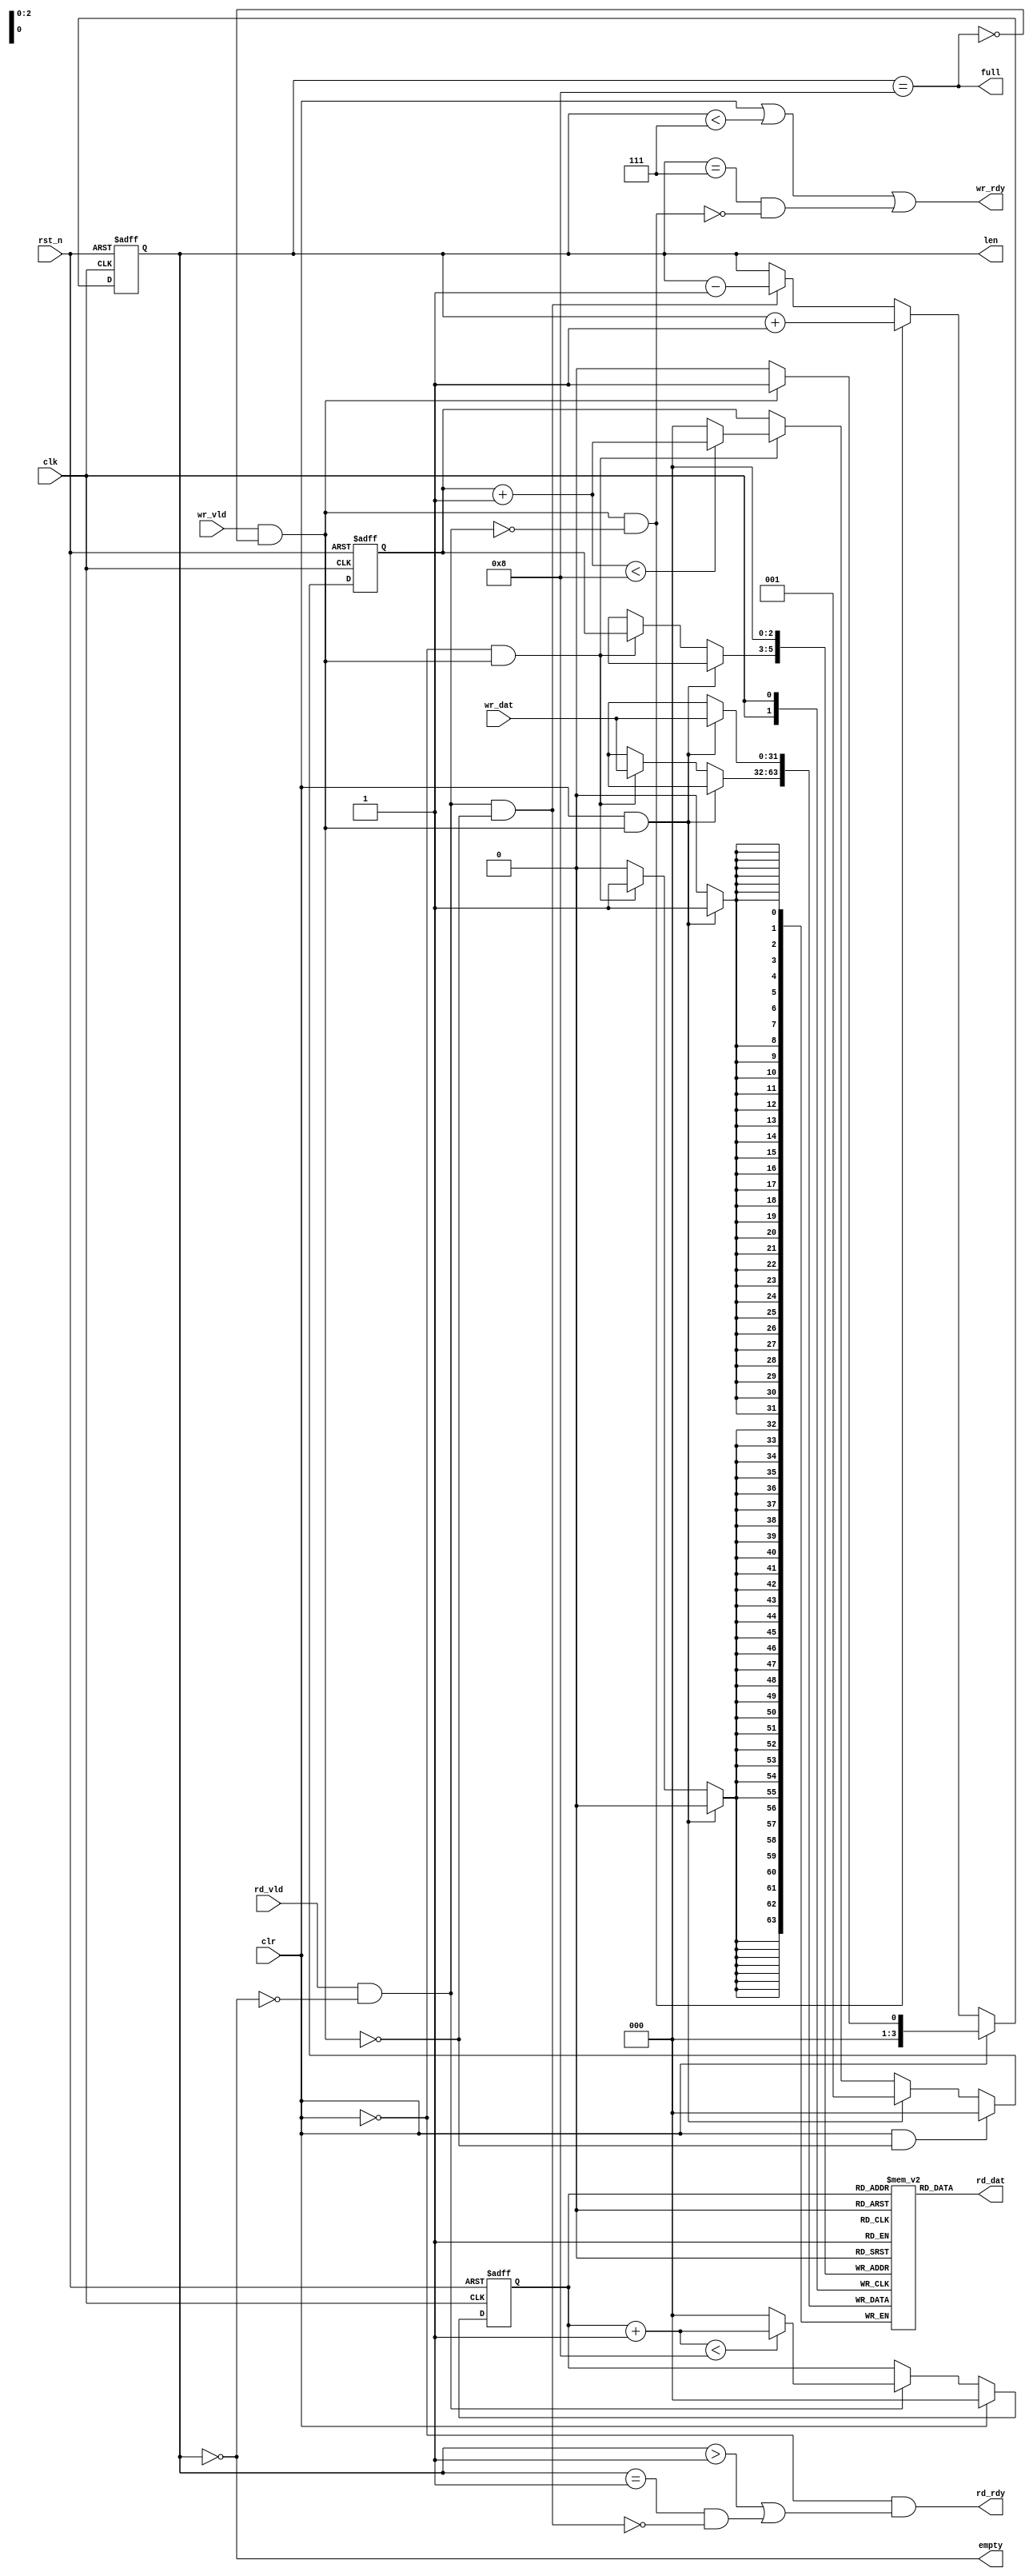
module uv_queue
#(
    parameter DAT_WIDTH         = 32,
    parameter PTR_WIDTH         = 3,
    parameter QUE_DEPTH         = 2**PTR_WIDTH,
    parameter ZERO_RDLY         = 1'b1  // 1'b0: delay 1 cycle after read fire; 1'b1: no delay.
)
(
    input                       clk,
    input                       rst_n,

    // Write channel.
    output                      wr_rdy,
    input                       wr_vld,
    input  [DAT_WIDTH-1:0]      wr_dat,

    // Read channel.
    output                      rd_rdy,
    input                       rd_vld,
    output [DAT_WIDTH-1:0]      rd_dat,

    // Control & status.
    input                       clr,
    output [PTR_WIDTH:0]        len,
    output                      full,
    output                      empty
);

    localparam UDLY             = 1;
    localparam LEN_WIDTH        = PTR_WIDTH + 1;
    localparam SUB_DEPTH        = QUE_DEPTH - 1;
    genvar i;

    reg  [DAT_WIDTH-1:0]        que [0:QUE_DEPTH-1];
    reg  [DAT_WIDTH-1:0]        rd_dat_r;

    reg                         wr_rdy_r;
    reg                         rd_rdy_r;

    reg  [PTR_WIDTH-1:0]        wr_ptr_r;
    reg  [PTR_WIDTH-1:0]        rd_ptr_r;
    reg  [LEN_WIDTH-1:0]        len_r;

    wire                        wr_fire;
    wire                        rd_fire;
    wire                        wr_only;
    wire                        rd_only;

    wire [PTR_WIDTH-1:0]        wr_ptr_add;
    wire [PTR_WIDTH-1:0]        rd_ptr_add;
    wire [PTR_WIDTH-1:0]        wr_ptr_nxt;
    wire [PTR_WIDTH-1:0]        rd_ptr_nxt;

    wire [LEN_WIDTH-1:0]        len_add;
    wire [LEN_WIDTH-1:0]        len_sub;

    wire                        will_be_full;
    wire                        will_be_empty;
    wire                        must_not_be_full;
    wire                        must_not_be_empty;

    // Response read data.
    assign rd_dat               = rd_dat_r;

    // Bypass request under illegal status.
    assign wr_fire              = wr_vld & (~full);
    assign rd_fire              = rd_vld & (~empty);
    assign wr_only              = wr_fire & (~rd_fire);
    assign rd_only              = rd_fire & (~wr_fire);

    // Calculate pointers.
    assign wr_ptr_add           = wr_ptr_r + 1'b1;
    assign rd_ptr_add           = rd_ptr_r + 1'b1;
    assign wr_ptr_nxt           = wr_ptr_add < QUE_DEPTH ? wr_ptr_add : {PTR_WIDTH{1'b0}};
    assign rd_ptr_nxt           = rd_ptr_add < QUE_DEPTH ? rd_ptr_add : {PTR_WIDTH{1'b0}};

    // Calculate length.
    assign len_add              = len_r + 1'b1;
    assign len_sub              = len_r - 1'b1;

    // Queue status.
    assign will_be_full         = (len_r == SUB_DEPTH[LEN_WIDTH-1:0]);
    assign will_be_empty        = (len_r == {{PTR_WIDTH{1'b0}}, 1'b1});
    assign must_not_be_full     = len_r < SUB_DEPTH[LEN_WIDTH-1:0];       
    assign must_not_be_empty    = len_r > {{PTR_WIDTH{1'b0}}, 1'b1};

    assign len                  = len_r;
    assign full                 = len_r == QUE_DEPTH[LEN_WIDTH-1:0];
    assign empty                = len_r == {LEN_WIDTH{1'b0}};

    // Back pressure.
    assign wr_rdy               = clr | must_not_be_full | (will_be_full & (~wr_only));
    assign rd_rdy               = (~clr) & (must_not_be_empty | (will_be_empty & (~rd_only)));

    // Write element to queue.
    always @(posedge clk) begin
        if (clr & wr_fire) begin
            que[0] <= #UDLY wr_dat;
        end
        else if ((~clr) & wr_fire) begin
            que[wr_ptr_r] <= #UDLY wr_dat;
        end
    end

    // Read element from queue.
    generate
        if (ZERO_RDLY) begin: gen_rdat_without_dly
            always @(*) begin
                rd_dat_r = que[rd_ptr_r];
            end
        end
        else begin: gen_rdat_without_dly
            always @(posedge clk) begin
                if (rd_fire) begin
                    rd_dat_r <= #UDLY que[rd_ptr_r];
                end
            end
        end
    endgenerate

    // Update written pointer.
    always @(posedge clk or negedge rst_n) begin
        if (~rst_n) begin
            wr_ptr_r <= {PTR_WIDTH{1'b0}};
        end
        else begin
            if (clr & (~wr_fire)) begin
                wr_ptr_r <= #UDLY {PTR_WIDTH{1'b0}};
            end
            else if (clr & wr_fire) begin
                wr_ptr_r <= #UDLY {{(PTR_WIDTH-1){1'b0}}, 1'b1};
            end
            else if ((~clr) & wr_fire) begin
                wr_ptr_r <= #UDLY wr_ptr_nxt;
            end
        end
    end

    // Update read pointer.
    always @(posedge clk or negedge rst_n) begin
        if (~rst_n) begin
            rd_ptr_r <= {PTR_WIDTH{1'b0}};
        end
        else begin
            if (clr) begin
                rd_ptr_r <= #UDLY {PTR_WIDTH{1'b0}};
            end
            else if (rd_fire) begin
                rd_ptr_r <= #UDLY rd_ptr_nxt;
            end
        end
    end

    // Update queue length.
    always @(posedge clk or negedge rst_n) begin
        if (~rst_n) begin
            len_r <= {LEN_WIDTH{1'b0}};
        end
        else begin
            if (clr) begin
                len_r <= #UDLY wr_fire ? {{(LEN_WIDTH-1){1'b0}}, 1'b1} : {LEN_WIDTH{1'b0}};
            end
            else if (wr_only) begin
                len_r <= #UDLY len_add;
            end
            else if (rd_only) begin
                len_r <= #UDLY len_sub;
            end
        end
    end

endmodule